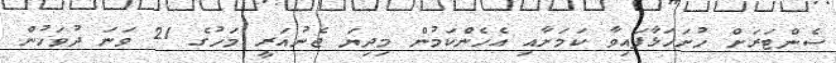
ސެންޓަރަށް ހުށަހަޅާފައިވާ ކަމަށާއި އެހެންކަމުން މިދިޔަ ޖެނުއަރީ މަހުގެ 21 ވަނަ ދުވަހުން